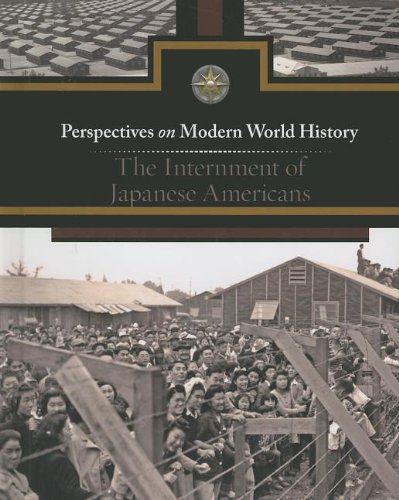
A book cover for The Internment of Japanese Americans (Perspectives on Modern World History); Jeff Hay; Teen & Young Adult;